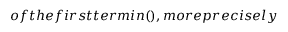
o f t h e f i r s t t e r m i n ( ) , m o r e p r e c i s e l y